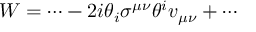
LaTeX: { \displaystyle W = \cdots - 2 i \theta _ { i } \sigma ^ { \mu \nu } \theta ^ { i } v _ { \mu \nu } + \cdots }